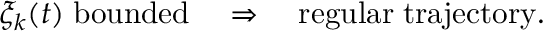
\xi _ { k } ( t ) \; \mathrm { b o u n d e d } \quad \Rightarrow \quad \mathrm { r e g u l a r \; t r a j e c t o r y } .